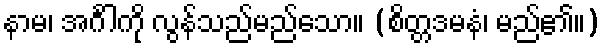
နာမ၊ အင်္ဂါကို လွန်သည်မည်သော။ (စိတ္တဒမနံ၊ မည်၏။)